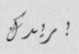
بريدك